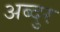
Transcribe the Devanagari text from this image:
अब्‍दुर